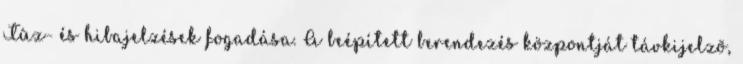
Tûz- és hibajelzések fogadása. A beépített berendezés központját távkijelzõ,